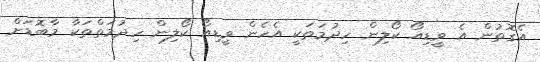
އެގޮތުން އެ ވީޑިއޯ ކޯލިން ހިދުމަތަކީ އެހެން ވީޑިއޯ ކޯލިން ހިދުމަތްތަކާ މާބޮޑަށް